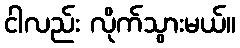
ငါလည်း လိုက်သွားမယ်။